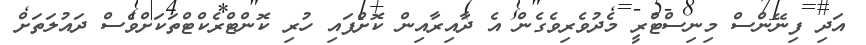
އަދި ފިނޭންސް މިނިސްޓްރީ މެދުވެރިވެގެން އެ ދާއިރާއިން ކޮށްފައި ހުރި ކޮންޓްރެކްޓްތަކަށްވެސް ދައުލަތަށް